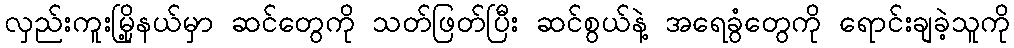
လှည်းကူးမြို့နယ်မှာ ဆင်တွေကို သတ်ဖြတ်ပြီး ဆင်စွယ်နဲ့ အရေခွံတွေကို ရောင်းချခဲ့သူကို